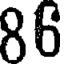
86